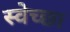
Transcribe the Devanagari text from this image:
स्‍वेच्‍छा